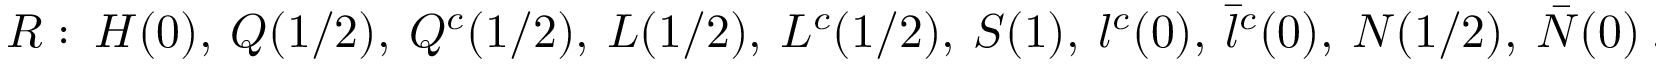
R : ~ H ( 0 ) , ~ Q ( 1 / 2 ) , ~ Q ^ { c } ( 1 / 2 ) , ~ L ( 1 / 2 ) , ~ L ^ { c } ( 1 / 2 ) , ~ S ( 1 ) , ~ l ^ { c } ( 0 ) , ~ \bar { l } ^ { c } ( 0 ) , ~ N ( 1 / 2 ) , ~ \bar { N } ( 0 ) ~ .